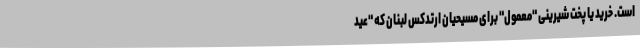
است. خرید یا پخت شیرینی "معمول" برای مسیحیان ارتدکس لبنان که "عید